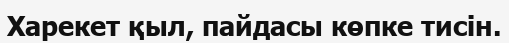
Харекет қыл, пайдасы көпке тисін.